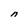
Character: n